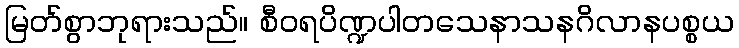
မြတ်စွာဘုရားသည်။ စီဝရပိဏ္ဍပါတသေနာသနဂိလာနပစ္စယ